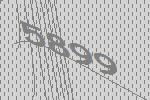
5899